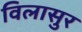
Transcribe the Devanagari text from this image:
विलासुर